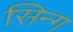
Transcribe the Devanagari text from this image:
सिन्ग